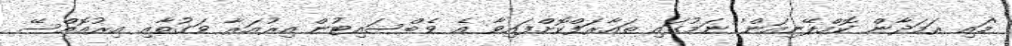
'މައި ރަމަދާން ކޮމްޕޭނިއަން' ނަމުގައި ތައާރަފްކޮށްފައިވާ އެ ވެބްސައިޓުން އިރުއަރާ ވަގުތާއި އިރުއޮއްސޭ